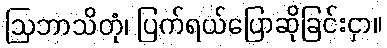
ဩဘာသိတုံ၊ ပြက်ရယ်ပြောဆိုခြင်းငှာ။